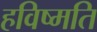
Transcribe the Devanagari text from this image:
हविष्मति